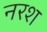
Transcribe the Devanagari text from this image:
नरश